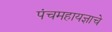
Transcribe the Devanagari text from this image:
पंचमहायज्ञाचे